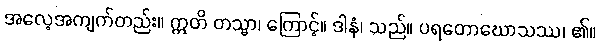
အလေ့အကျက်တည်း။ ဣတိ တသ္မာ၊ ကြောင့်။ ဒါနံ၊ သည်။ ပရတောဃောသဿ၊ ၏။